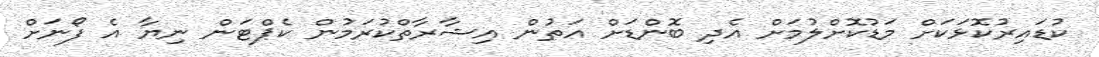
ކުޑައިރުކޮޅަކަށް މަޑުކޮށްލުމަށް އެދި ބޮންޑަށް އަތުން އިޝާރާތްކުރަމުން ކެޕްޓަން ނިޔާ އެ ފޯނަށް